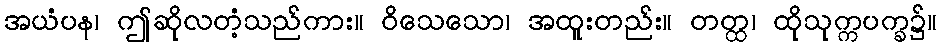
အယံပန၊ ဤဆိုလတံ့သည်ကား။ ဝိသေသော၊ အထူးတည်း။ တတ္ထ၊ ထိုသုက္ကပက္ခ၌။